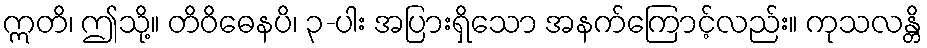
ဣတိ၊ ဤသို့။ တိဝိဓေနပိ၊ ၃-ပါး အပြားရှိသော အနက်ကြောင့်လည်း။ ကုသလန္တိ